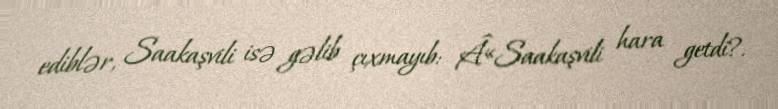
ediblər, Saakaşvili isə gəlib çıxmayıb: Â«Saakaşvili hara getdi?.